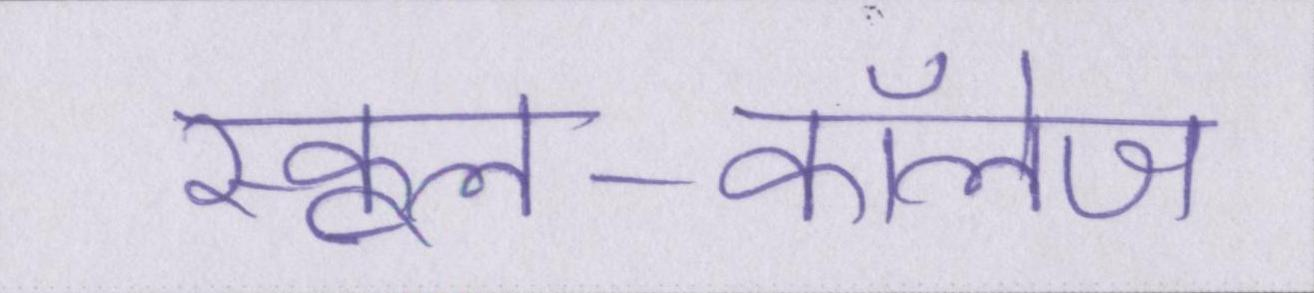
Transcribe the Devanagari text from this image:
स्कूल-कॉलेज